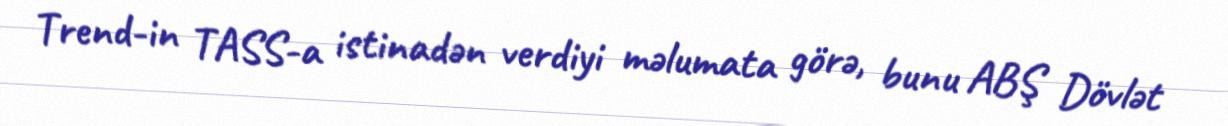
Trend-in TASS-a istinadən verdiyi məlumata görə, bunu ABŞ Dövlət